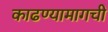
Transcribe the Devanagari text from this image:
काढण्यामागची